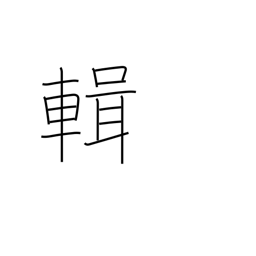
Meaning: compile